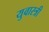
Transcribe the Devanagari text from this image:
युवास्त्री